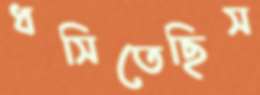
ধসিতেছিস